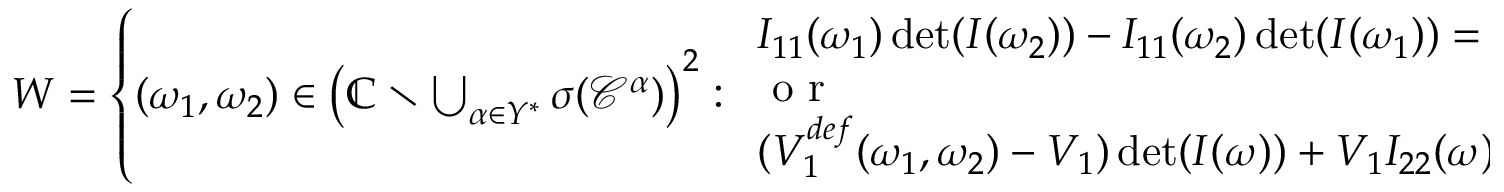
\begin{array} { r } { W = \left\{ ( \omega _ { 1 } , \omega _ { 2 } ) \in \left( \mathbb { C } \setminus \bigcup _ { \alpha \in Y ^ { * } } \sigma ( \mathcal { C } ^ { \alpha } ) \right) ^ { 2 } : \begin{array} { l } { I _ { 1 1 } ( \omega _ { 1 } ) \operatorname* { d e t } ( I ( \omega _ { 2 } ) ) - I _ { 1 1 } ( \omega _ { 2 } ) \operatorname* { d e t } ( I ( \omega _ { 1 } ) ) = 0 } \\ { \mathrm { ~ o ~ r ~ } } \\ { ( V _ { 1 } ^ { d e f } ( \omega _ { 1 } , \omega _ { 2 } ) - V _ { 1 } ) \operatorname* { d e t } ( I ( \omega ) ) + V _ { 1 } I _ { 2 2 } ( \omega ) = 0 } \end{array} \right\} } \end{array}